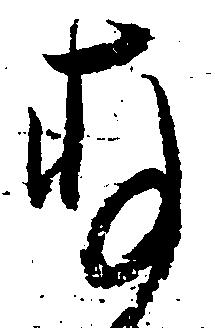
存